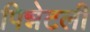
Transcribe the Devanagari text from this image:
पिन्नेटली